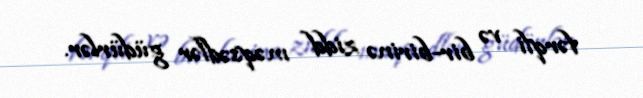
fərqli və bir-birinə zidd məqsədlər güdürlər.